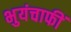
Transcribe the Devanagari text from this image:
भुयंचाफीं